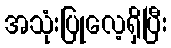
အသုံးပြုလေ့ရှိပြီး